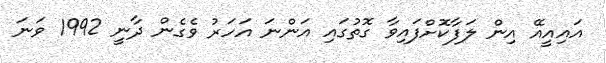
އައިއީއޭ އިން ލަފާކޮށްފައިވާ ގޮތުގައި އަންނަ އަހަރު ވެގެން ދާނީ 1992 ވަނަ